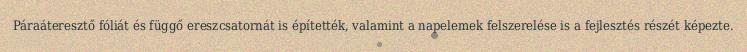
Páraáteresztő fóliát és függő ereszcsatornát is építették, valamint a napelemek felszerelése is a fejlesztés részét képezte.